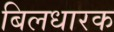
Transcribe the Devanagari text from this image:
बिलधारक